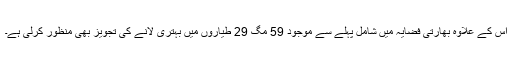
اس کے علاوہ بھارتی فضایہ میں شامل پہلے سے موجود 59 مگ 29 طیاروں میں بہتری لانے کی تجویز بھی منظور کرلی ہے۔